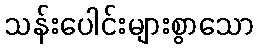
သန်းပေါင်းများစွာသော